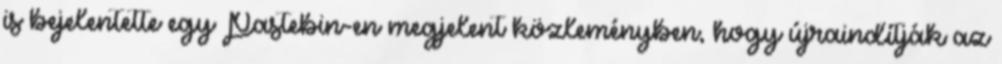
is bejelentette egy Pastebin-en megjelent közleményben, hogy újraindítják az